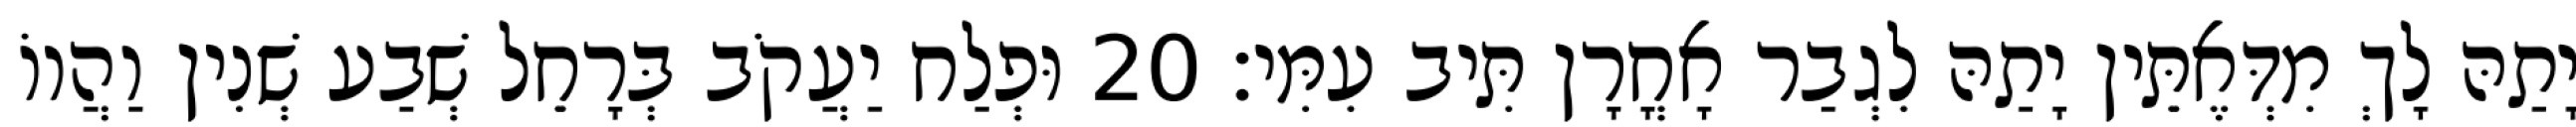
יָתַהּ לָךְ מִדְּאֶתֵּין יָתַהּ לִגְבַר אָחֳרָן תִּיב עִמִּי׃ 20 וּפְלַח יַעֲקֹב בְּרָחֵל שְׁבַע שְׁנִין וַהֲווֹ